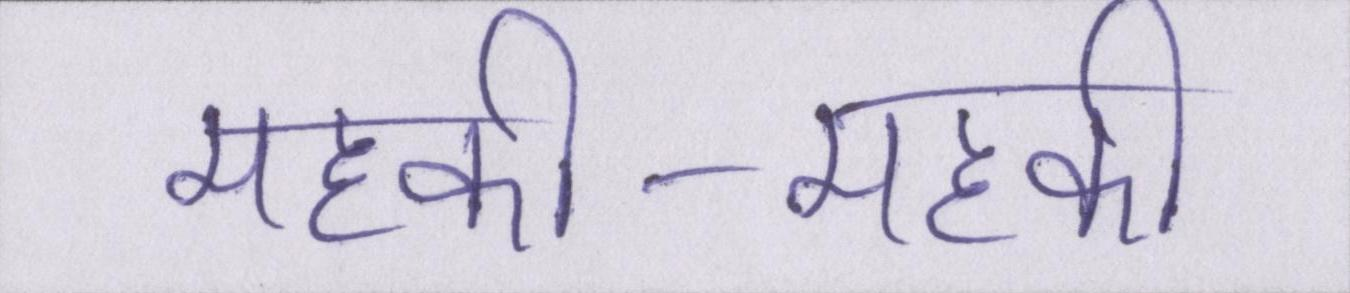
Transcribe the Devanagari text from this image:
महकी-महकी